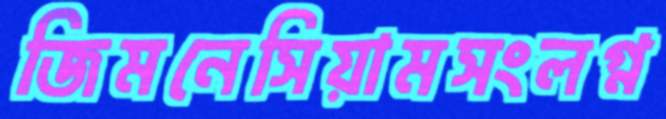
জিমনেসিয়ামসংলগ্ন